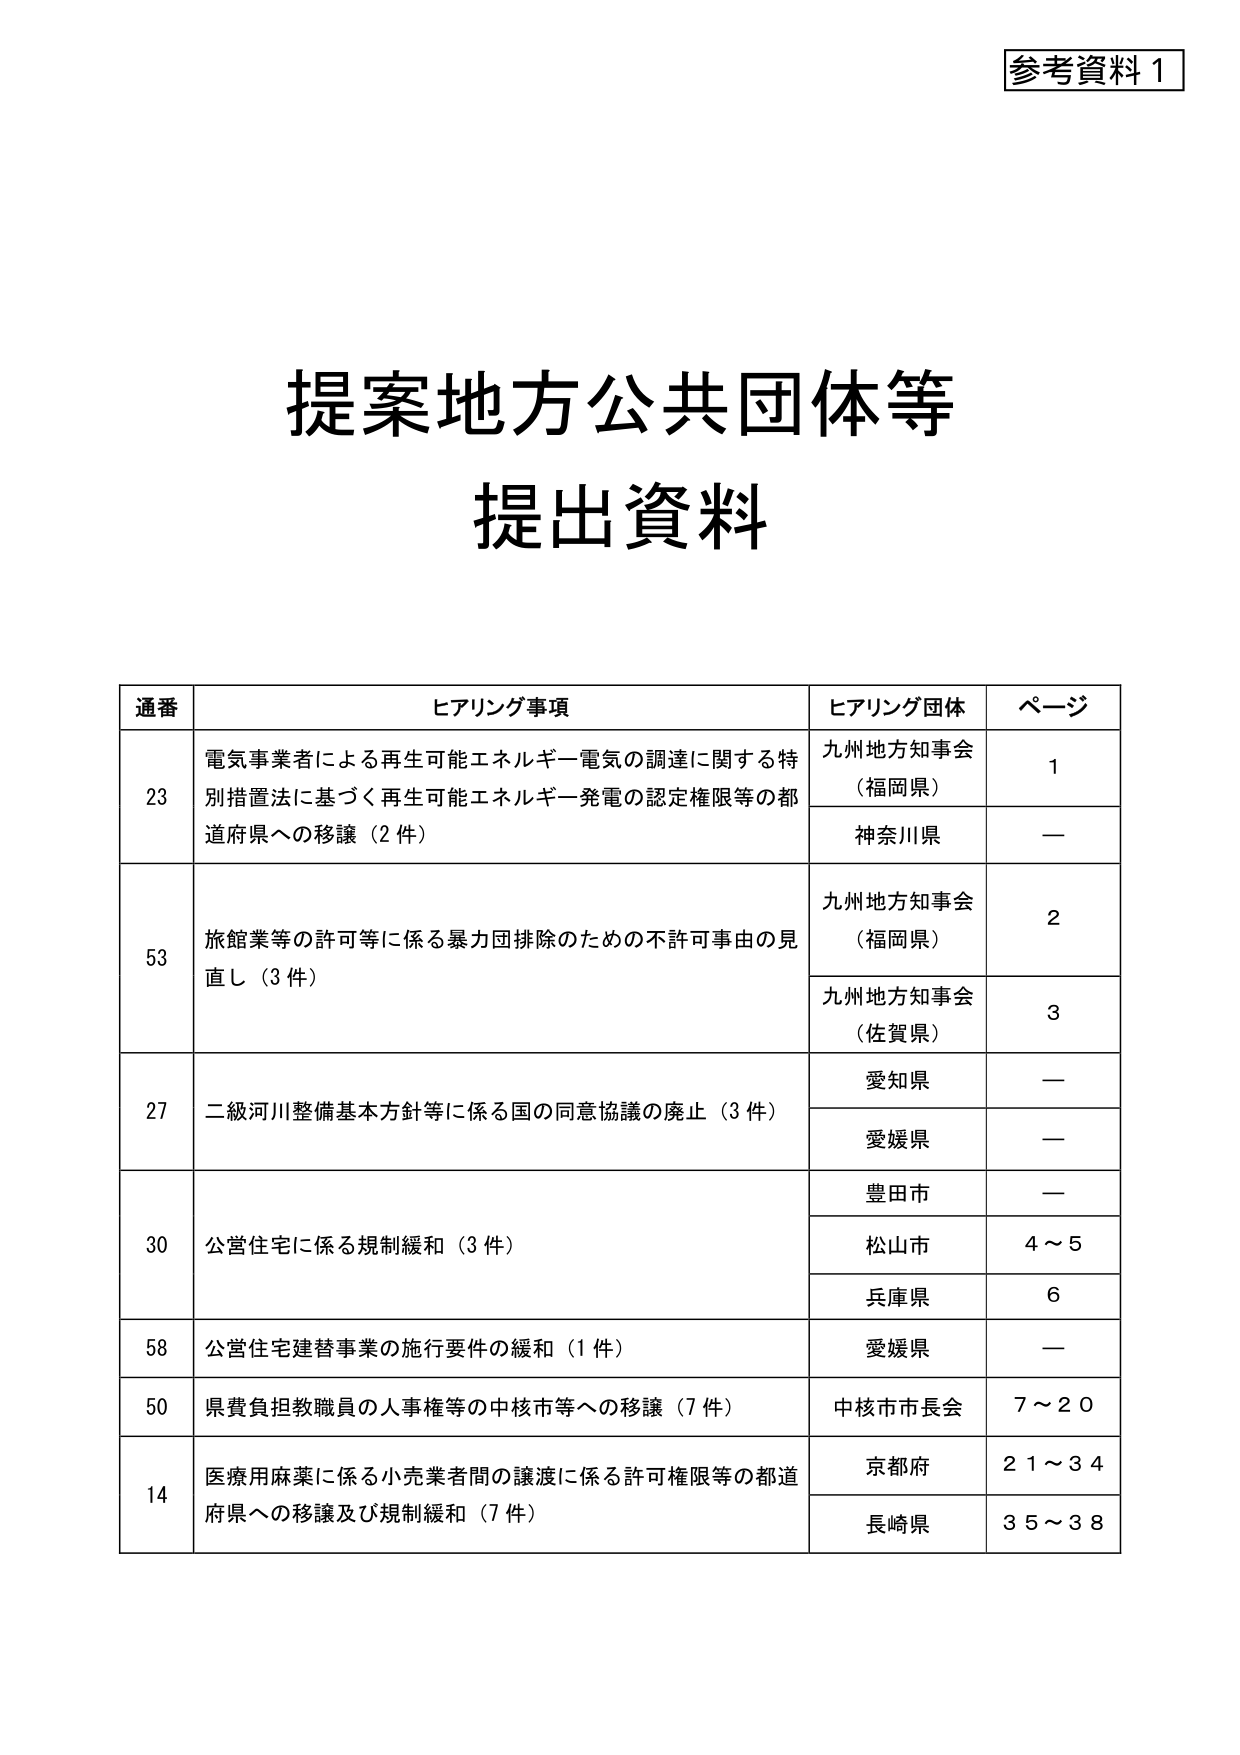
参考資料１

提案地方公共団体等
提出資料

通番 ヒアリング事項 ヒアリング団体 ページ
23 電気事業者による再生可能エネルギー電気の調達に関する特別措置法に基づく再生可能エネルギー発電の認定権限等の都道府県への移譲（2件） 九州地方知事会（福岡県） 1